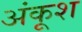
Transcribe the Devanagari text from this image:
अंकूश